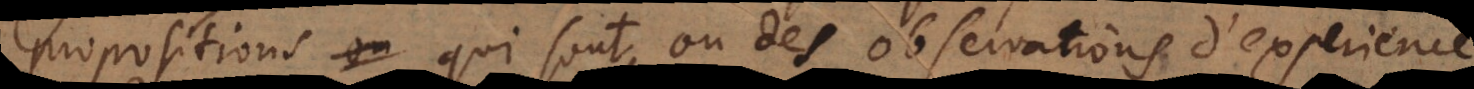
propositions qui sont ou des observations d’experience